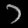
Digit: ၁